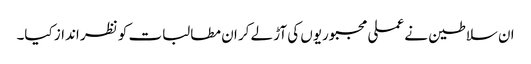
ان سلاطین نے عملی مجبوریوں کی آڑ لے کر ان مطالبات کو نظر انداز کیا۔